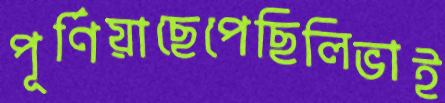
পূর্ণিয়াছেপেছিলিভাই